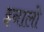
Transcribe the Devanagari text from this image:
इनालो